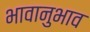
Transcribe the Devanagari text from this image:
भावानुभाव